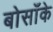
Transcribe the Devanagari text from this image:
बोसाँके